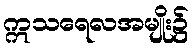
ဣသရေလအမျိုး၌